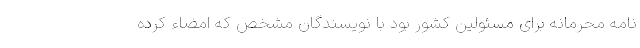
نامه محرمانه برای مسئولین کشور بود با نویسندگان مشخص که امضاء کرده